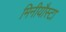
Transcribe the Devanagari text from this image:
मिनीयौस्टा